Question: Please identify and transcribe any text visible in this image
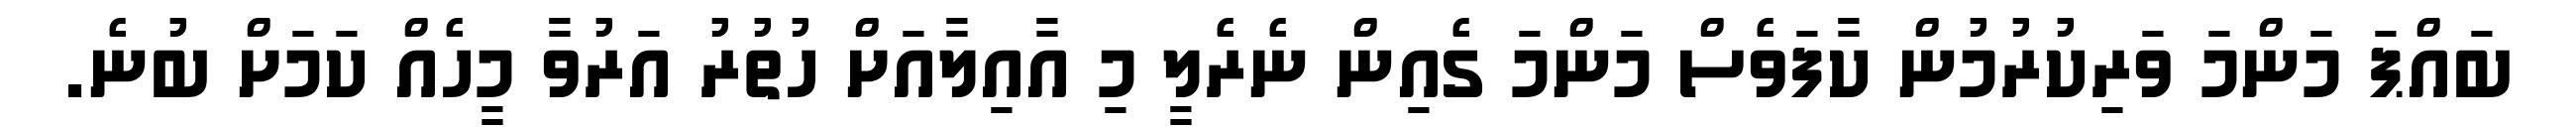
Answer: ބައްޕަ މަންމަ ވަރިކުރުމުން ކާފަވެސް މަންމަ ގެއިން ނެރެލީ މި އާއިލާއަށް ހުތުރު އަރުވާ މީހެއް ކަމަށް ބުނެ.